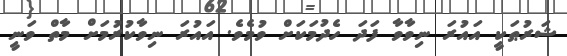
ޝަރުޠަކީ އައުރަ ނިވާވާ ފަދަ ހެދުމަކަށް ވުމެވެ. އައުރަ ނިވާކުރުމަށް މާތް ވަނީ